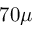
7 0 \mu